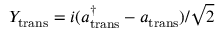
Y _ { \mathrm { t r a n s } } = i ( a _ { \mathrm { t r a n s } } ^ { \dagger } - a _ { \mathrm { t r a n s } } ) / \sqrt { 2 }